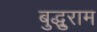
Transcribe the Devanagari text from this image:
बुद्धुराम